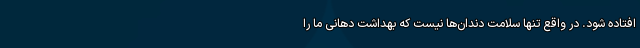
افتاده شود. در واقع تنها سلامت دندان‌ها نیست که بهداشت دهانی ما را